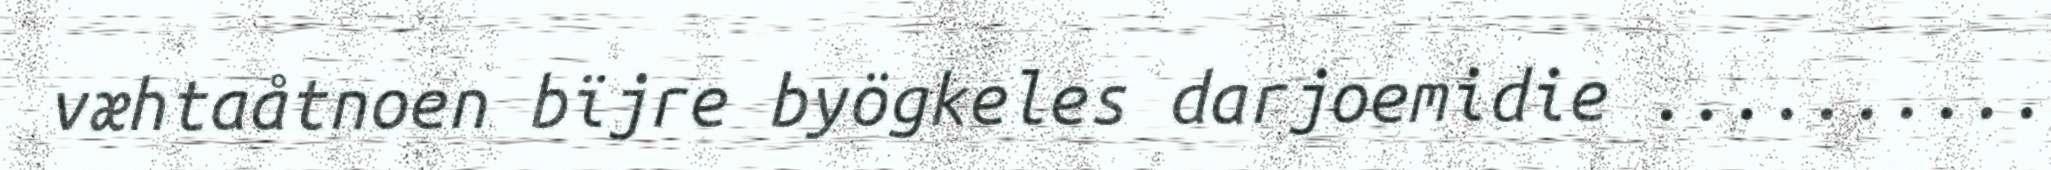
væhtaåtnoen bïjre byögkeles darjoemidie ..........